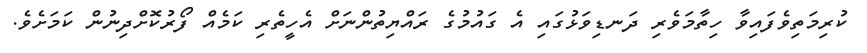
ކުރިމަތިވެފައިވާ ހިތާމަވެރި ދަނޑިވަޅުގައި އެ ގައުމުގެ ރައްޔިތުންނަށް އެހީތެރި ކަމެއް ފޯރުކޮށްދިނުން ކަމަށެވެ.